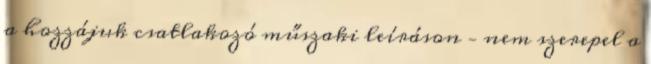
a hozzájuk csatlakozó műszaki leíráson – nem szerepel a